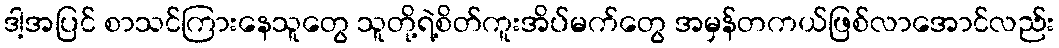
ဒါ့အပြင် စာသင်ကြားနေသူတွေ သူတို့ရဲ့စိတ်ကူးအိပ်မက်တွေ အမှန်တကယ်ဖြစ်လာအောင်လည်း